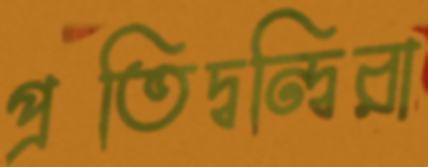
প্রতিদ্বন্দ্বিরা